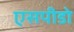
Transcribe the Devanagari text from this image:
एसपीडो